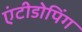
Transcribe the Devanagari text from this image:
एंटीडोपिंग